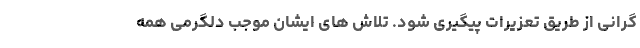
گرانی از طریق تعزیرات پیگیری شود. تلاش های ایشان موجب دلگرمی همه